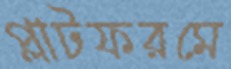
প্লাটফরমে